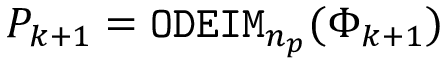
P _ { k + 1 } = { \tt O D E I M } _ { n _ { p } } ( \Phi _ { k + 1 } )